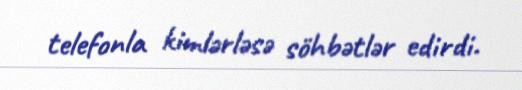
telefonla kimlərləsə söhbətlər edirdi.